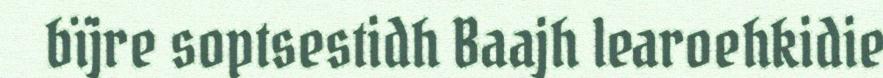
bïjre soptsestidh Baajh learoehkidie